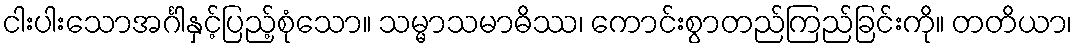
ငါးပါးသောအင်္ဂါနှင့်ပြည့်စုံသော။ သမ္မာသမာဓိဿ၊ ကောင်းစွာတည်ကြည်ခြင်းကို။ တတိယာ၊